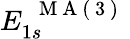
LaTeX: E_{1s}^{\mathrm{~\textbf~{~M~A~(~3~)~}~}}